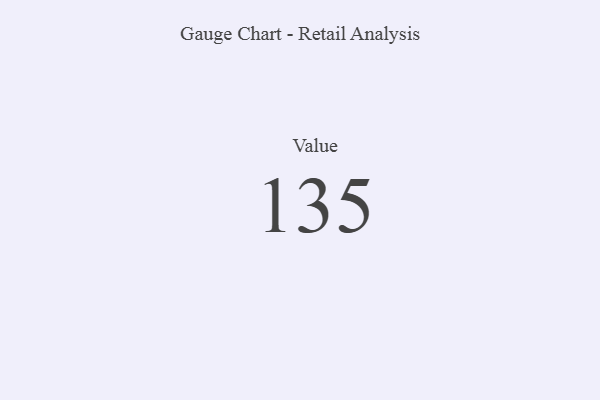
{"axis": {"x": "Metric", "y": "Value"}, "legend": [""], "data": [{"x": "Value", "y": 135, "type": ""}]}